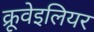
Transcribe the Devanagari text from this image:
क्रूवेइलियर